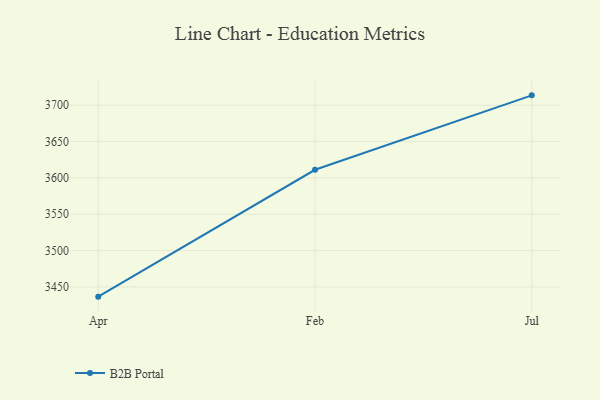
{"axis": {"x": "Month", "y": "Churn Rate (%)"}, "legend": ["B2B Portal"], "data": [{"x": "Apr", "y": 3436.6, "type": "B2B Portal"}, {"x": "Feb", "y": 3611.2, "type": "B2B Portal"}, {"x": "Jul", "y": 3713.6, "type": "B2B Portal"}]}